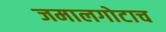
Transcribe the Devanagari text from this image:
जमालगोटाच